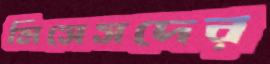
মিসেসদের